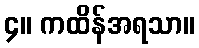
၄။ ကထိန်အရသာ။